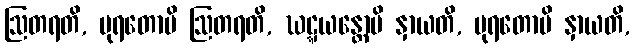
ဩတရတိ, ပုရတောပိ ဩတရတိ, ဃဋ္ဋယန္တောပိ နှာယတိ, ပုရတောပိ နှာယတိ,